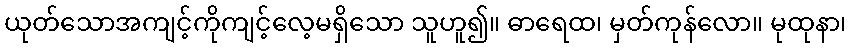
ယုတ်သောအကျင့်ကိုကျင့်လေ့မရှိသော သူဟူ၍။ ဓာရေထ၊ မှတ်ကုန်လော။ မုထုနာ၊